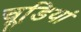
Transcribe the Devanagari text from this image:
चूडि़यां